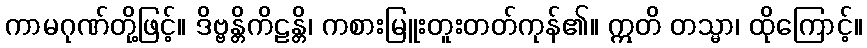
ကာမဂုဏ်တို့ဖြင့်။ ဒိဗ္ဗန္တိကိဠန္တိ၊ ကစားမြူးတူးတတ်ကုန်၏။ ဣတိ တသ္မာ၊ ထိုကြောင့်။